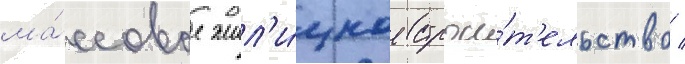
ма́ссовое жил'и́щное строи́т'ельство /